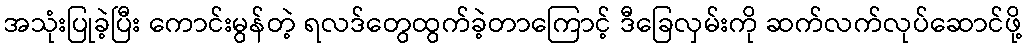
အသုံးပြုခဲ့ပြီး ကောင်းမွန်တဲ့ ရလဒ်တွေထွက်ခဲ့တာကြောင့် ဒီခြေလှမ်းကို ဆက်လက်လုပ်ဆောင်ဖို့